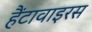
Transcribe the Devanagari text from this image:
हैंटावाइरस